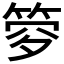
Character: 𥭹